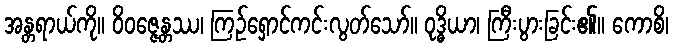
အန္တရာယ်ကို။ ဝိဝဇ္ဇေန္တဿ၊ ကြဉ်ရှောင်ကင်းလွတ်သော်။ ဝုဒ္ဓိယာ၊ ကြီးပွားခြင်း၏။ ကောစိ၊